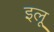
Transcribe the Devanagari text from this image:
इलू